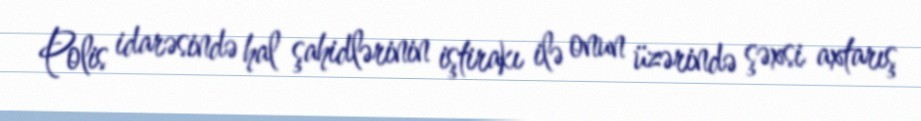
Polis idarəsində hal şahidlərinin iştirakı ilə onun üzərində şəxsi axtarış